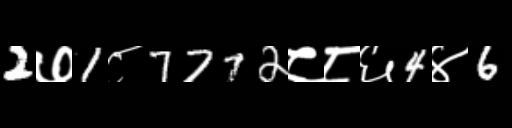
Text: 2७1८7772८८६4४6